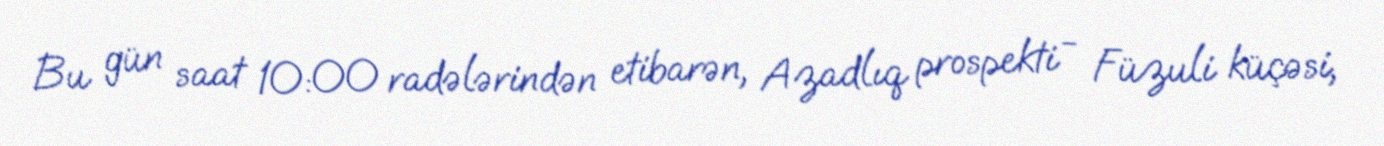
Bu gün saat 10:00 radələrindən etibarən, Azadlıq prospekti - Füzuli küçəsi,